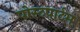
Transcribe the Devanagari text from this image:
पोस्‍टपार्टम